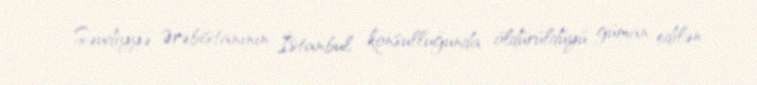
Səudiyyə Ərəbistanının İstanbul konsulluğunda öldürüldüyü güman edilən